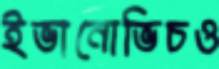
ইভানোভিচও